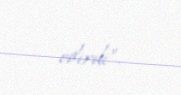
edirdi”.